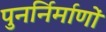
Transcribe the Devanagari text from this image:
पुनर्निर्माणों